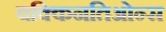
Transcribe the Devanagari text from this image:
वक्किनतिओन्स